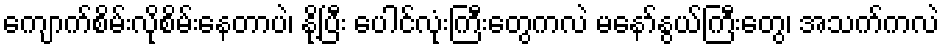
ကျောက်စိမ်းလိုစိမ်းနေတာပဲ၊ နို့ပြီး ပေါင်လုံးကြီးတွေကလဲ မနော်နွယ်ကြီးတွေ၊ အသက်ကလဲ